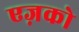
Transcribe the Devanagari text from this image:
एज़को